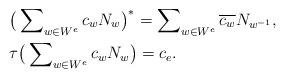
LaTeX: \begin{align*}& \big( \sum\nolimits_{w \in W^e} c_w N_w \big)^* = \sum\nolimits_{w \in W^e} \overline{c_w} N_{w^{-1}} , \\& \tau \big( \sum\nolimits_{w \in W^e} c_w N_w \big) = c_e .\end{align*}